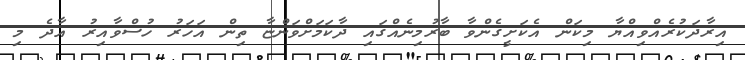
އިރާދަކުރެއްވިއްޔާ މިކަން އެކަށީގެންވާ ބާރުމިނެއްގައި ދާކަމަށްވަންޏާ ތިން އަހަރު ހުސްވާއިރު އާދެ މި